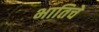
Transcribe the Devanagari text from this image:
भातिचे